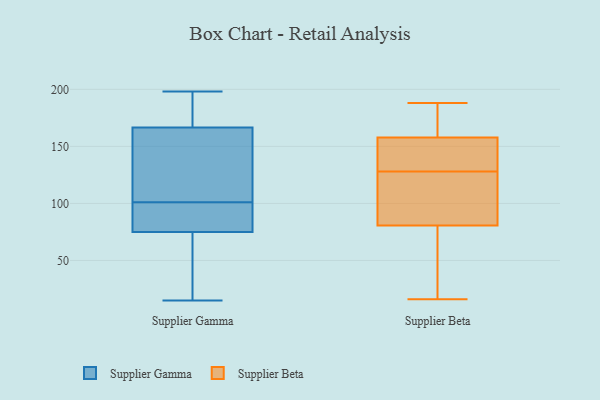
{"axis": {"x": "Active Users", "y": "Value"}, "legend": ["Supplier Beta", "Supplier Gamma"], "data": [{"x": "", "y": 15, "type": "Supplier Gamma"}, {"x": "", "y": 18, "type": "Supplier Gamma"}, {"x": "", "y": 101, "type": "Supplier Gamma"}, {"x": "", "y": 97, "type": "Supplier Gamma"}, {"x": "", "y": 111, "type": "Supplier Gamma"}, {"x": "", "y": 174, "type": "Supplier Gamma"}, {"x": "", "y": 84, "type": "Supplier Gamma"}, {"x": "", "y": 164, "type": "Supplier Gamma"}, {"x": "", "y": 194, "type": "Supplier Gamma"}, {"x": "", "y": 198, "type": "Supplier Gamma"}, {"x": "", "y": 159, "type": "Supplier Gamma"}, {"x": "", "y": 79, "type": "Supplier Gamma"}, {"x": "", "y": 63, "type": "Supplier Gamma"}, {"x": "", "y": 130, "type": "Supplier Beta"}, {"x": "", "y": 128, "type": "Supplier Beta"}, {"x": "", "y": 65, "type": "Supplier Beta"}, {"x": "", "y": 163, "type": "Supplier Beta"}, {"x": "", "y": 141, "type": "Supplier Beta"}, {"x": "", "y": 177, "type": "Supplier Beta"}, {"x": "", "y": 41, "type": "Supplier Beta"}, {"x": "", "y": 151, "type": "Supplier Beta"}, {"x": "", "y": 188, "type": "Supplier Beta"}, {"x": "", "y": 63, "type": "Supplier Beta"}, {"x": "", "y": 99, "type": "Supplier Beta"}, {"x": "", "y": 166, "type": "Supplier Beta"}, {"x": "", "y": 123, "type": "Supplier Beta"}, {"x": "", "y": 16, "type": "Supplier Beta"}, {"x": "", "y": 156, "type": "Supplier Beta"}, {"x": "", "y": 86, "type": "Supplier Beta"}, {"x": "", "y": 111, "type": "Supplier Beta"}]}